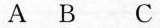
A B C